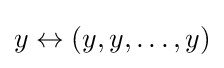
y\leftrightarrow (y,y,\ldots ,y)